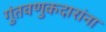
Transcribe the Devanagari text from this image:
गुंतवणुकदारांना